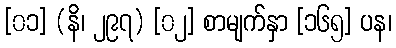
[၀၁] (နိ၊ ၂၉၇) [၀၂] စာမျက်နှာ [၁၆၅] ပန၊